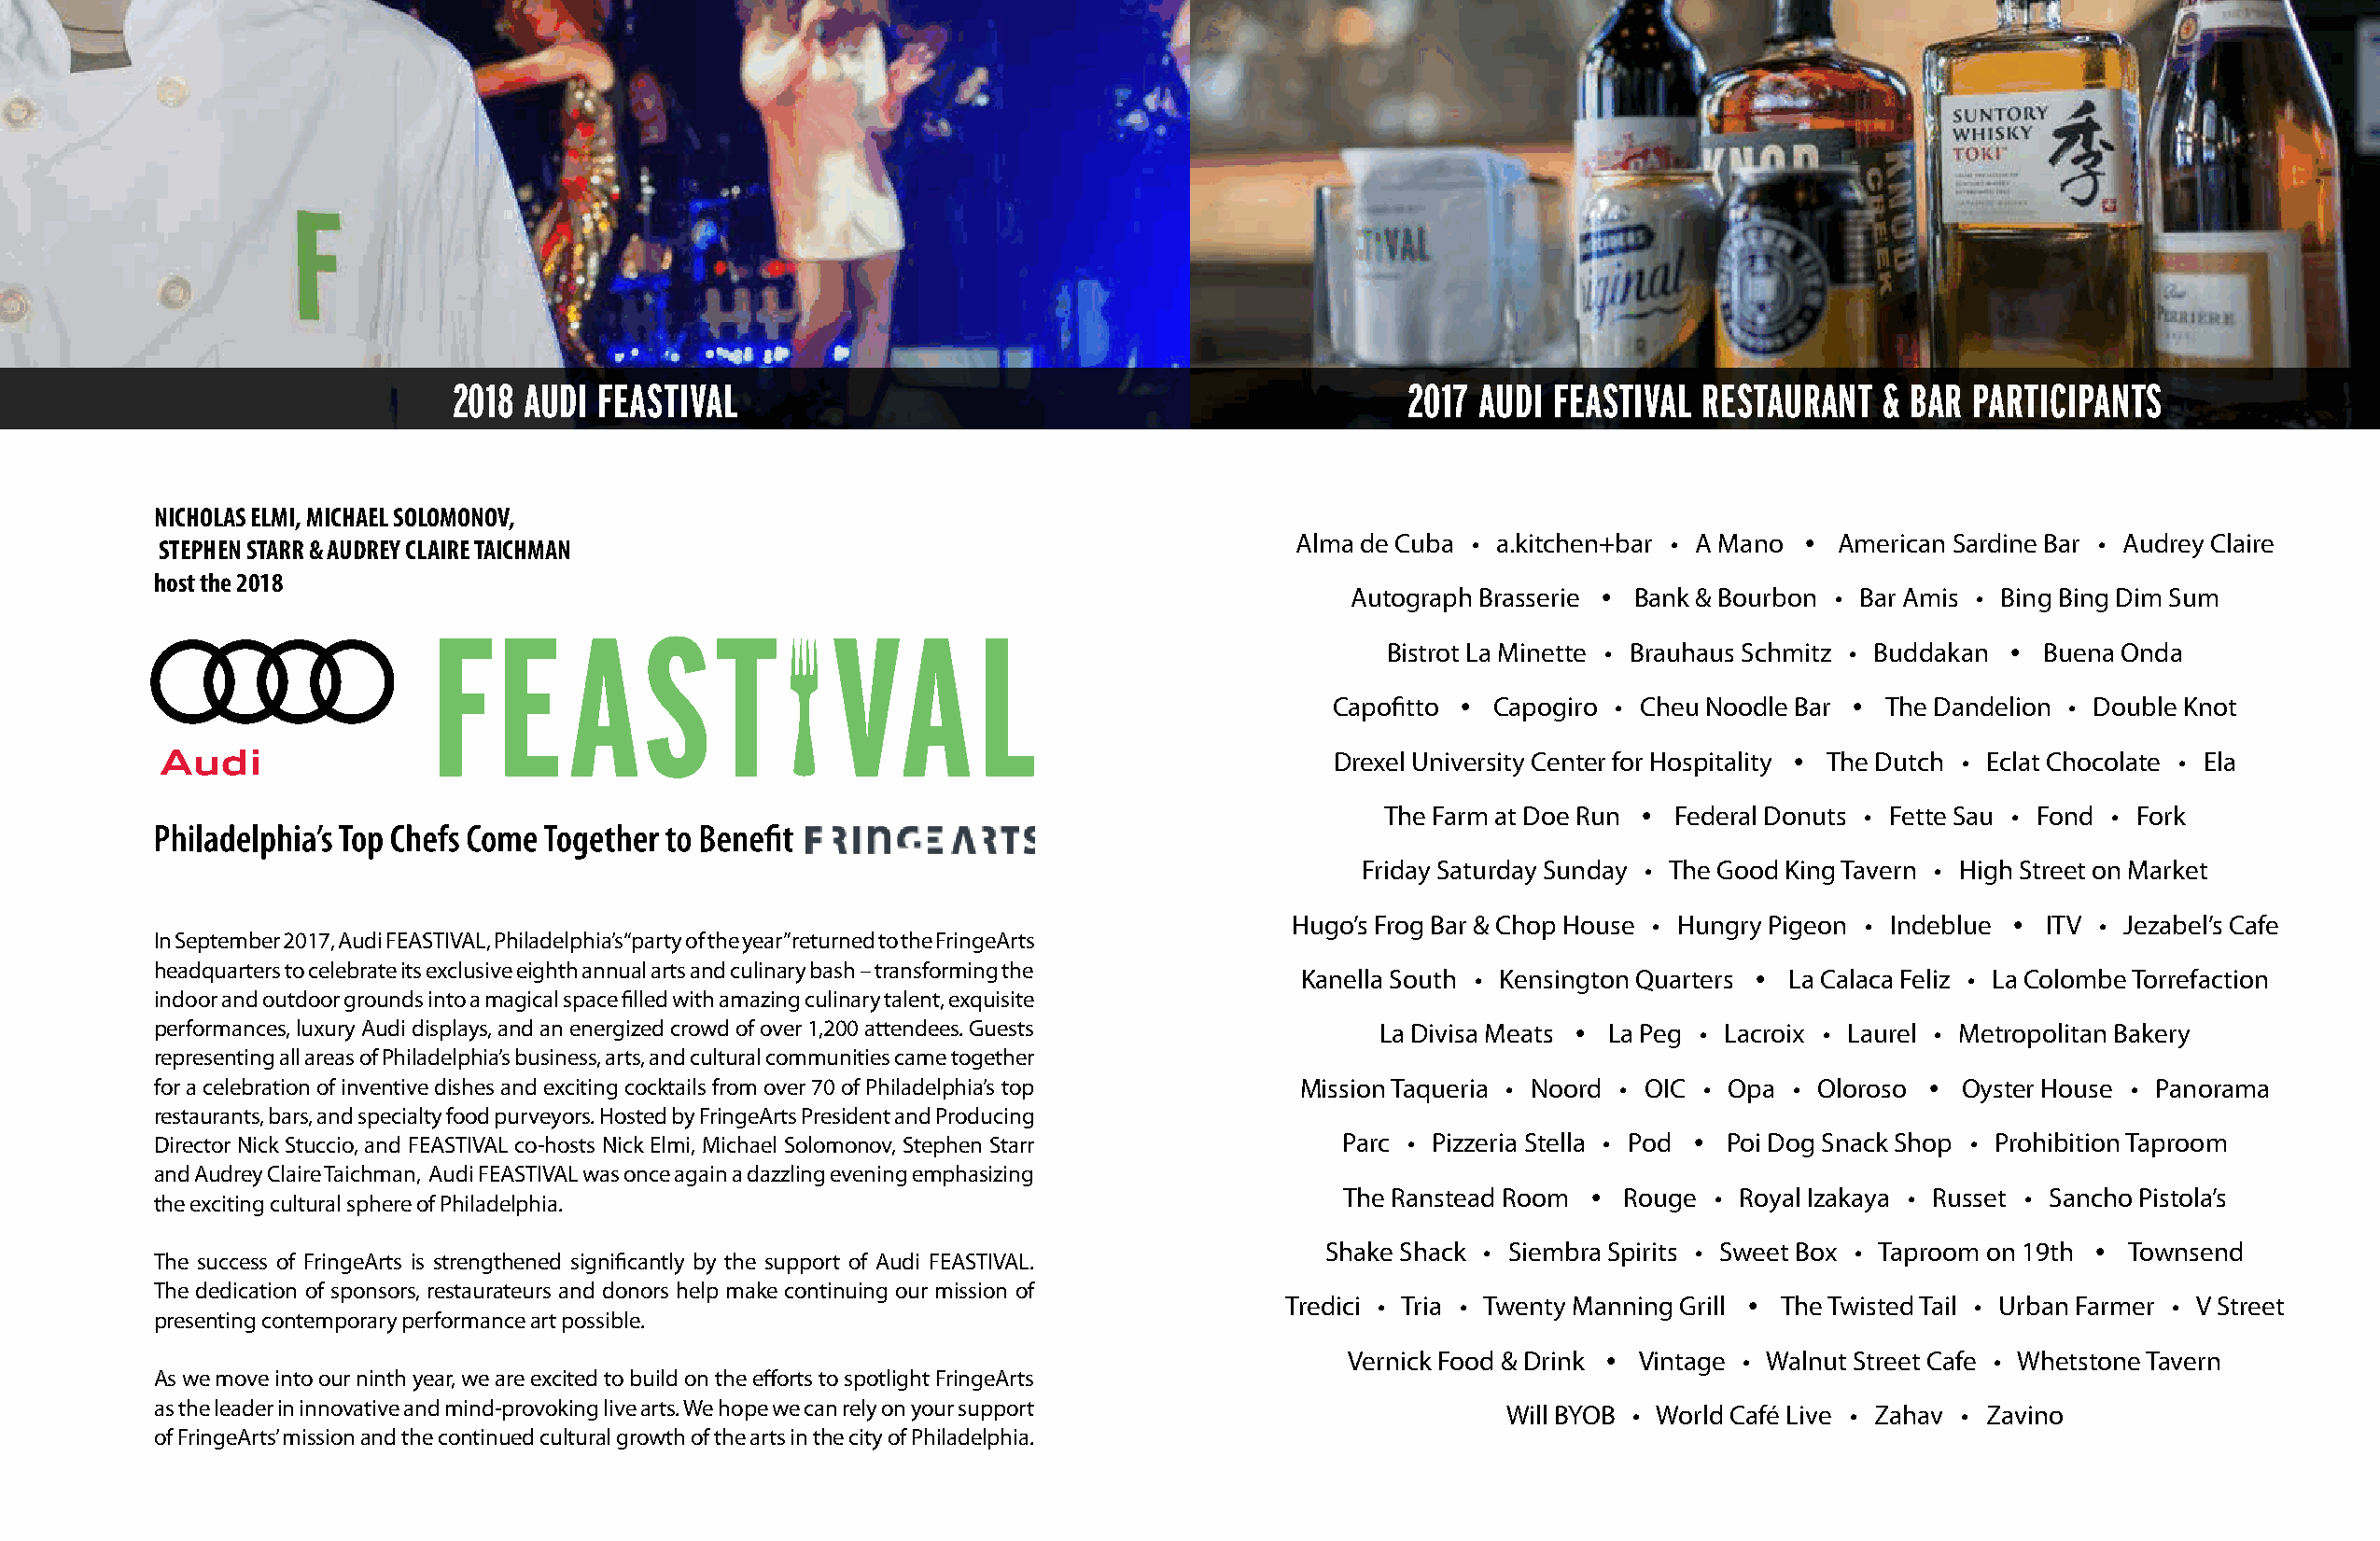
2018 AUDI FEASTIVAL                                                 2017 AUDI FEASTIVAL  RESTAURANT   & BAR PARTICIPANTS
 NICHOLAS ELMI, MICHAEL SOLOMONOV,
 Alma de Cuba • a.kitchen+bar • A Mano • American Sardine Bar • Audrey Claire
 STEPHEN STARR & AUDREY CLAIRE TAICHMAN
 host the 2018
 Autograph Brasserie • Bank & Bourbon • Bar Amis • Bing Bing Dim Sum
 Bistrot La Minette • Brauhaus Schmitz • Buddakan • Buena Onda
 Capofitto • Capogiro • Cheu Noodle Bar • The Dandelion • Double Knot
 Drexel University Center for Hospitality • The Dutch • Eclat Chocolate • Ela
 The Farm at Doe Run • Federal Donuts • Fette Sau • Fond • Fork
 Friday Saturday Sunday • The Good King Tavern • High Street on Market
 Hugo’s Frog Bar & Chop House • Hungry Pigeon • Indeblue • ITV • Jezabel’s Cafe
 In September 2017, Audi FEASTIVAL, Philadelphia’s “party of the year” returned to the FringeArts
 headquarters to celebrate its exclusive eighth annual arts and culinary bash – transforming the Kanella South • Kensington Quarters • La Calaca Feliz • La Colombe Torrefaction
 indoor and outdoor grounds into a magical space filled with amazing culinary talent, exquisite
 performances, luxury Audi displays, and an energized crowd of over 1,200 attendees. Guests La Divisa Meats • La Peg • Lacroix • Laurel • Metropolitan Bakery
 representing all areas of Philadelphia’s business, arts, and cultural communities came together
 for a celebration of inventive dishes and exciting cocktails from over 70 of Philadelphia’s top Mission Taqueria • Noord • OIC • Opa • Oloroso • Oyster House • Panorama
 restaurants, bars, and specialty food purveyors. Hosted by FringeArts President and Producing
 Director Nick Stuccio, and FEASTIVAL co-hosts Nick Elmi, Michael Solomonov, Stephen Starr Parc • Pizzeria Stella • Pod • Poi Dog Snack Shop • Prohibition Taproom
 and Audrey Claire Taichman, Audi FEASTIVAL was once again a dazzling evening emphasizing
 The Ranstead Room • Rouge  • Royal Izakaya • Russet • Sancho Pistola’s
 the exciting cultural sphere of Philadelphia.
 Shake Shack • Siembra Spirits • Sweet Box • Taproom on 19th • Townsend
 The success of FringeArts is strengthened significantly by the support of Audi FEASTIVAL.
 The dedication of sponsors, restaurateurs and donors help make continuing our mission of
 Tredici • Tria • Twenty Manning Grill • The Twisted Tail • Urban Farmer • V Street
 presenting contemporary performance art possible.
 Vernick Food & Drink • Vintage • Walnut Street Cafe • Whetstone Tavern
 As we move into our ninth year, we are excited to build on the efforts to spotlight FringeArts
 as the leader in innovative and mind-provoking live arts. We hope we can rely on your support
 Will BYOB • World Café Live • Zahav • Zavino
 of FringeArts’ mission and the continued cultural growth of the arts in the city of Philadelphia.